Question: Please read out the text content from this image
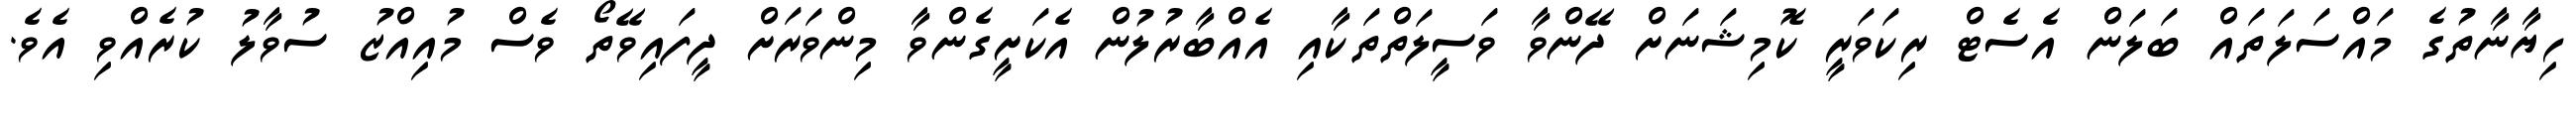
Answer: ހިޔާނާތުގެ މައްސަލަތައް ބަލަން އެސެޓް ރިކަވަރީ ކޮމިޝަނަށް ދޭންވާ ވަސީލަތްތަކާއި އެއްބާރުލުން އެކަށީގެންވާ މިންވަރަށް ދީފައިވޭތޯ ވެސް މުއިއްޒު ސުވާލު ކުރެއްވި އެވެ.